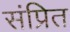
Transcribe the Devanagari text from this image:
संप्रित